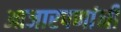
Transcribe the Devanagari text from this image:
आजारपणांनी